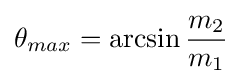
\theta _{max}=\arcsin {\frac {m_{2}}{m_{1}}}